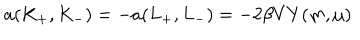
LaTeX: a ( K _ { + } , K _ { - } ) = - a ( L _ { + } , L _ { - } ) = - 2 \beta V Y ( m , \mu )